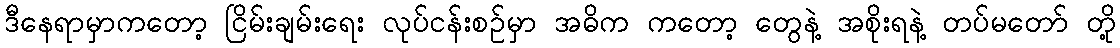
ဒီနေရာမှာကတော့ ငြိမ်းချမ်းရေး လုပ်ငန်းစဉ်မှာ အဓိက ကတော့ တွေနဲ့ အစိုးရနဲ့ တပ်မတော် တို့